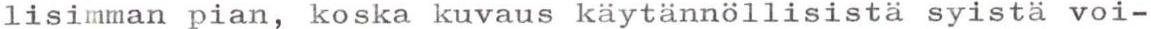
lisimman pian, koska kuvaus käytännöllisista syistä voi-